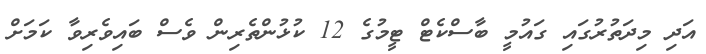
އަދި މިދަތުރުގައި ގައުމީ ބާސްކެޓް ޓީމުގެ 12 ކުޅުންތެރިން ވެސް ބައިވެރިވާ ކަމަށް